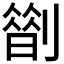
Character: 𠟏